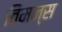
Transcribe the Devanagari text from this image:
विमन्स